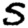
Digit: 5